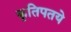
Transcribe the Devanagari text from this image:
कृतिपतये